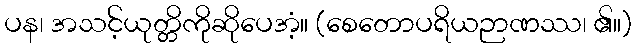
ပန၊ အသင့်ယုတ္တိကိုဆိုပေအံ့။ (စေတောပရိယဉာဏဿ၊ ၏။)